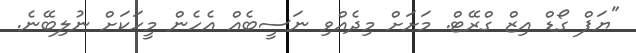
"ޔަޕް ގޯޑް އިޒް ގްރޭޓް. މަށަށް މިދެއްވި ނަސީބެއް އެހެން މީހަކަށް ނުލިބޭނެ.